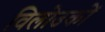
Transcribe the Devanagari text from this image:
विलोउकों